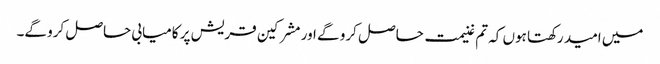
میں امید رکھتا ہوں کہ تم غنیمت حاصل کرو گے اور مشرکین قریش پر کامیابی حاصل کرو گے۔